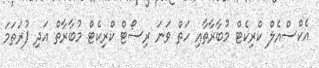
އެކްސްއެލް ކްރިކެޓް މުބާރާތާއި ހަތް ވަނަ ރިސޯޓް ކްރިކެޓް މުބާރާތް އަދި ފުރަތަމަ